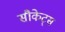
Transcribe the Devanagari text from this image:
सौकेट्स